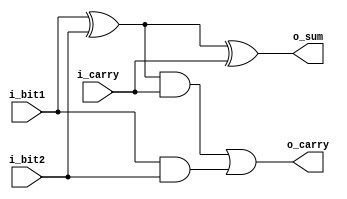
module module_full_adder 
  (
   i_bit1,
   i_bit2,
   i_carry,
   o_sum,
   o_carry
   );

  input  i_bit1;
  input  i_bit2;
  input  i_carry;
  output o_sum;
  output o_carry;

  wire   w_WIRE_1;
  wire   w_WIRE_2;
  wire   w_WIRE_3;
      
  assign w_WIRE_1 = i_bit1 ^ i_bit2;
  assign w_WIRE_2 = w_WIRE_1 & i_carry;
  assign w_WIRE_3 = i_bit1 & i_bit2;

  assign o_sum   = w_WIRE_1 ^ i_carry;
  assign o_carry = w_WIRE_2 | w_WIRE_3;


  // FYI: Code above using wires will produce the same results as:
  // assign o_sum   = i_bit1 ^ i_bit2 ^ i_carry;
  // assign o_carry = (i_bit1 ^ i_bit2) & i_carry) | (i_bit1 & i_bit2);

  // Wires are just used to be explicit. 
  
endmodule